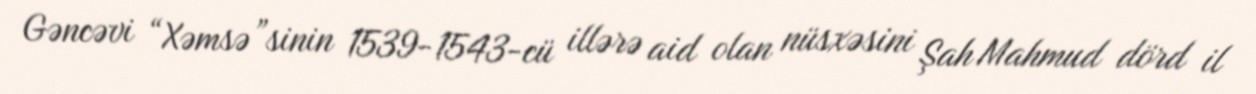
Gəncəvi “Xəmsə”sinin 1539-1543-cü illərə aid olan nüsxəsini Şah Mahmud dörd il